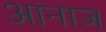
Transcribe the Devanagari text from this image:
आनाज